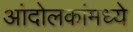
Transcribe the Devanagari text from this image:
आंदोलकांमध्ये